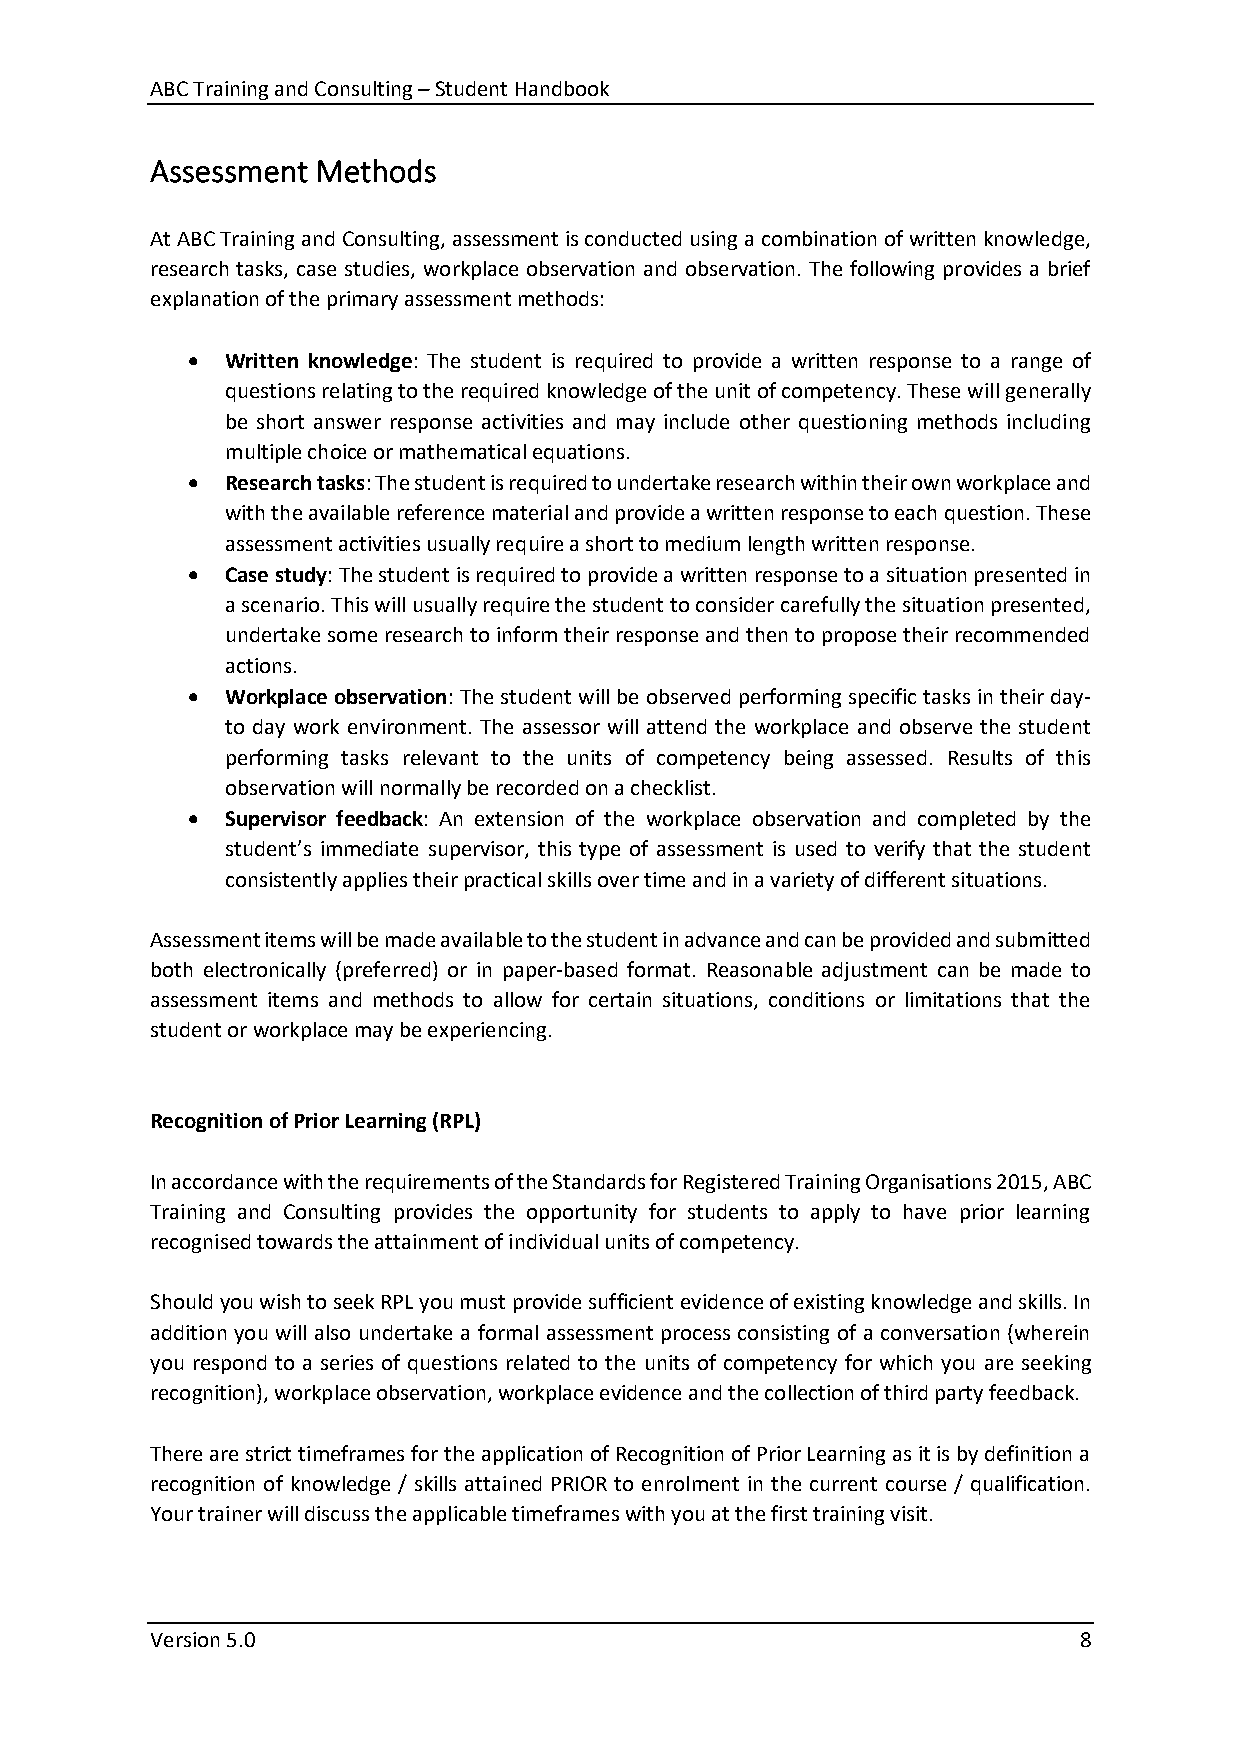
ABC Training and Consulting – Student Handbook
 Assessment Methods
 At ABC Training and Consulting, assessment is conducted using a combination of written knowledge,
 research tasks, case studies, workplace observation and observation. The following provides a brief
 explanation of the primary assessment methods:
 •  Written knowledge: The student is required to provide a written response to a range of
 questions relating to the required knowledge of the unit of competency. These will generally
 be short answer response activities and may include other questioning methods including
 multiple choice or mathematical equations.
 •  Research tasks: The student is required to undertake research within their own workplace and
 with the available reference material and provide a written response to each question. These
 assessment activities usually require a short to medium length written response.
 •  Case study: The student is required to provide a written response to a situation presented in
 a scenario. This will usually require the student to consider carefully the situation presented,
 undertake some research to inform their response and then to propose their recommended
 actions.
 •  Workplace observation: The student will be observed performing specific tasks in their day-
 to day work environment. The assessor will attend the workplace and observe the student
 performing tasks relevant to the units of competency being assessed. Results of this
 observation will normally be recorded on a checklist.
 •  Supervisor feedback: An extension of the workplace observation and completed by the
 student’s immediate supervisor, this type of assessment is used to verify that the student
 consistently applies their practical skills over time and in a variety of different situations.
 Assessment items will be made available to the student in advance and can be provided and submitted
 both electronically (preferred) or in paper-based format. Reasonable adjustment can be made to
 assessment items and methods to allow for certain situations, conditions or limitations that the
 student or workplace may be experiencing.
 Recognition of Prior Learning (RPL)
 In accordance with the requirements of the Standards for Registered Training Organisations 2015, ABC
 Training and Consulting provides the opportunity for students to apply to have prior learning
 recognised towards the attainment of individual units of competency.
 Should you wish to seek RPL you must provide sufficient evidence of existing knowledge and skills. In
 addition you will also undertake a formal assessment process consisting of a conversation (wherein
 you respond to a series of questions related to the units of competency for which you are seeking
 recognition), workplace observation, workplace evidence and the collection of third party feedback.
 There are strict timeframes for the application of Recognition of Prior Learning as it is by definition a
 recognition of knowledge / skills attained PRIOR to enrolment in the current course / qualification.
 Your trainer will discuss the applicable timeframes with you at the first training visit.
 Version 5.0                                                  8